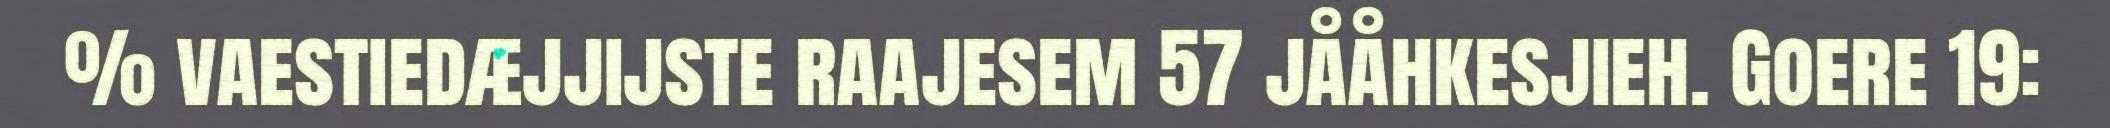
% vaestiedæjjijste raajesem 57 jååhkesjieh. Goere 19: